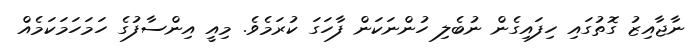
ނާޖާއިޒު ގޮތުގައި ހިފައިގެން ނުބެލި ހުންނަކަން ފާހަގަ ކުރަމެވެ. މިއީ އިންސާފުގެ ހަމަހަމަކަމެއް